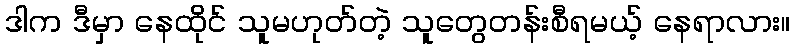
ဒါက ဒီမှာ နေထိုင် သူမဟုတ်တဲ့ သူတွေတန်းစီရမယ့် နေရာလား။